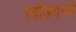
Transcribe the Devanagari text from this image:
रबौलवरचे